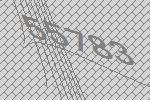
55783